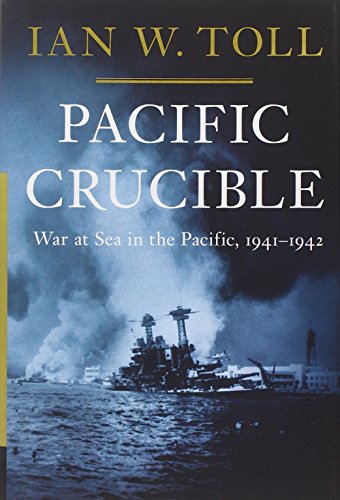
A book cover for Pacific Crucible: War at Sea in the Pacific, 1941-1942; Ian W. Toll; History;